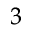
_ 3